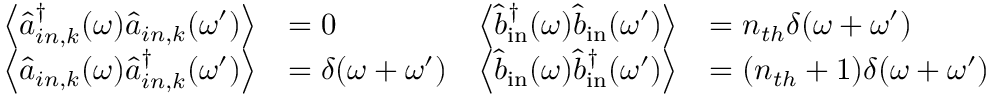
\begin{array} { r l r l } { \left\langle \hat { a } _ { i n , k } ^ { \dagger } ( \omega ) \hat { a } _ { i n , k } ( \omega ^ { \prime } ) \right\rangle } & { = 0 } & { \left\langle \hat { b } _ { \mathrm { i n } } ^ { \dagger } ( \omega ) \hat { b } _ { \mathrm { i n } } ( \omega ^ { \prime } ) \right\rangle } & { = n _ { t h } \delta ( \omega + \omega ^ { \prime } ) } \\ { \left\langle \hat { a } _ { i n , k } ( \omega ) \hat { a } _ { i n , k } ^ { \dagger } ( \omega ^ { \prime } ) \right\rangle } & { = \delta ( \omega + \omega ^ { \prime } ) } & { \left\langle \hat { b } _ { \mathrm { i n } } ( \omega ) \hat { b } _ { \mathrm { i n } } ^ { \dagger } ( \omega ^ { \prime } ) \right\rangle } & { = ( n _ { t h } + 1 ) \delta ( \omega + \omega ^ { \prime } ) } \end{array}